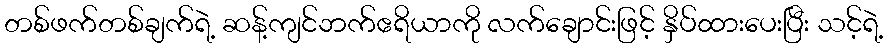
တစ်ဖက်တစ်ချက်ရဲ့ ဆန့်ကျင်ဘက်ဧရိယာကို လက်ချောင်းဖြင့် နှိပ်ထားပေးပြီး သင့်ရဲ့